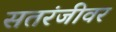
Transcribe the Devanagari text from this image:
सतरंजीवर